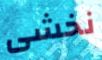
نخشى